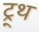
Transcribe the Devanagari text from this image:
ट्र्थ